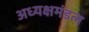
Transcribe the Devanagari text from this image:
अध्यक्षमंडल